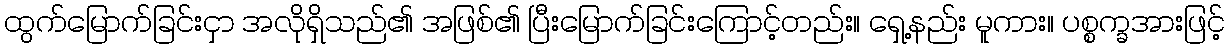
ထွက်မြောက်ခြင်းငှာ အလိုရှိသည်၏ အဖြစ်၏ ပြီးမြောက်ခြင်းကြောင့်တည်း။ ရှေ့နည်း မူကား။ ပစ္စက္ခအားဖြင့်